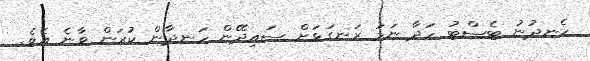
ހެނދުނު ޓެސްޓު ހަދާ ނަމަ ރަނގަޅަށް ސައިދޭން ހަނދާން ކުރަން ވާނެ އެވެ.